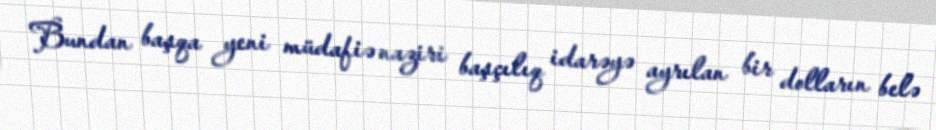
Bundan başqa yeni müdafiə naziri başçılıq idarəyə ayrılan bir dolların belə